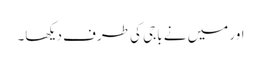
اور میں نے باجی کی طرف دیکھا۔